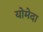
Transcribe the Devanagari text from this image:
योमेदा